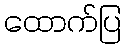
ထောက်ပြ